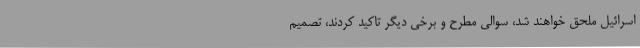
اسرائیل ملحق خواهند شد، سوالی مطرح و برخی دیگر تاکید کردند، تصمیم